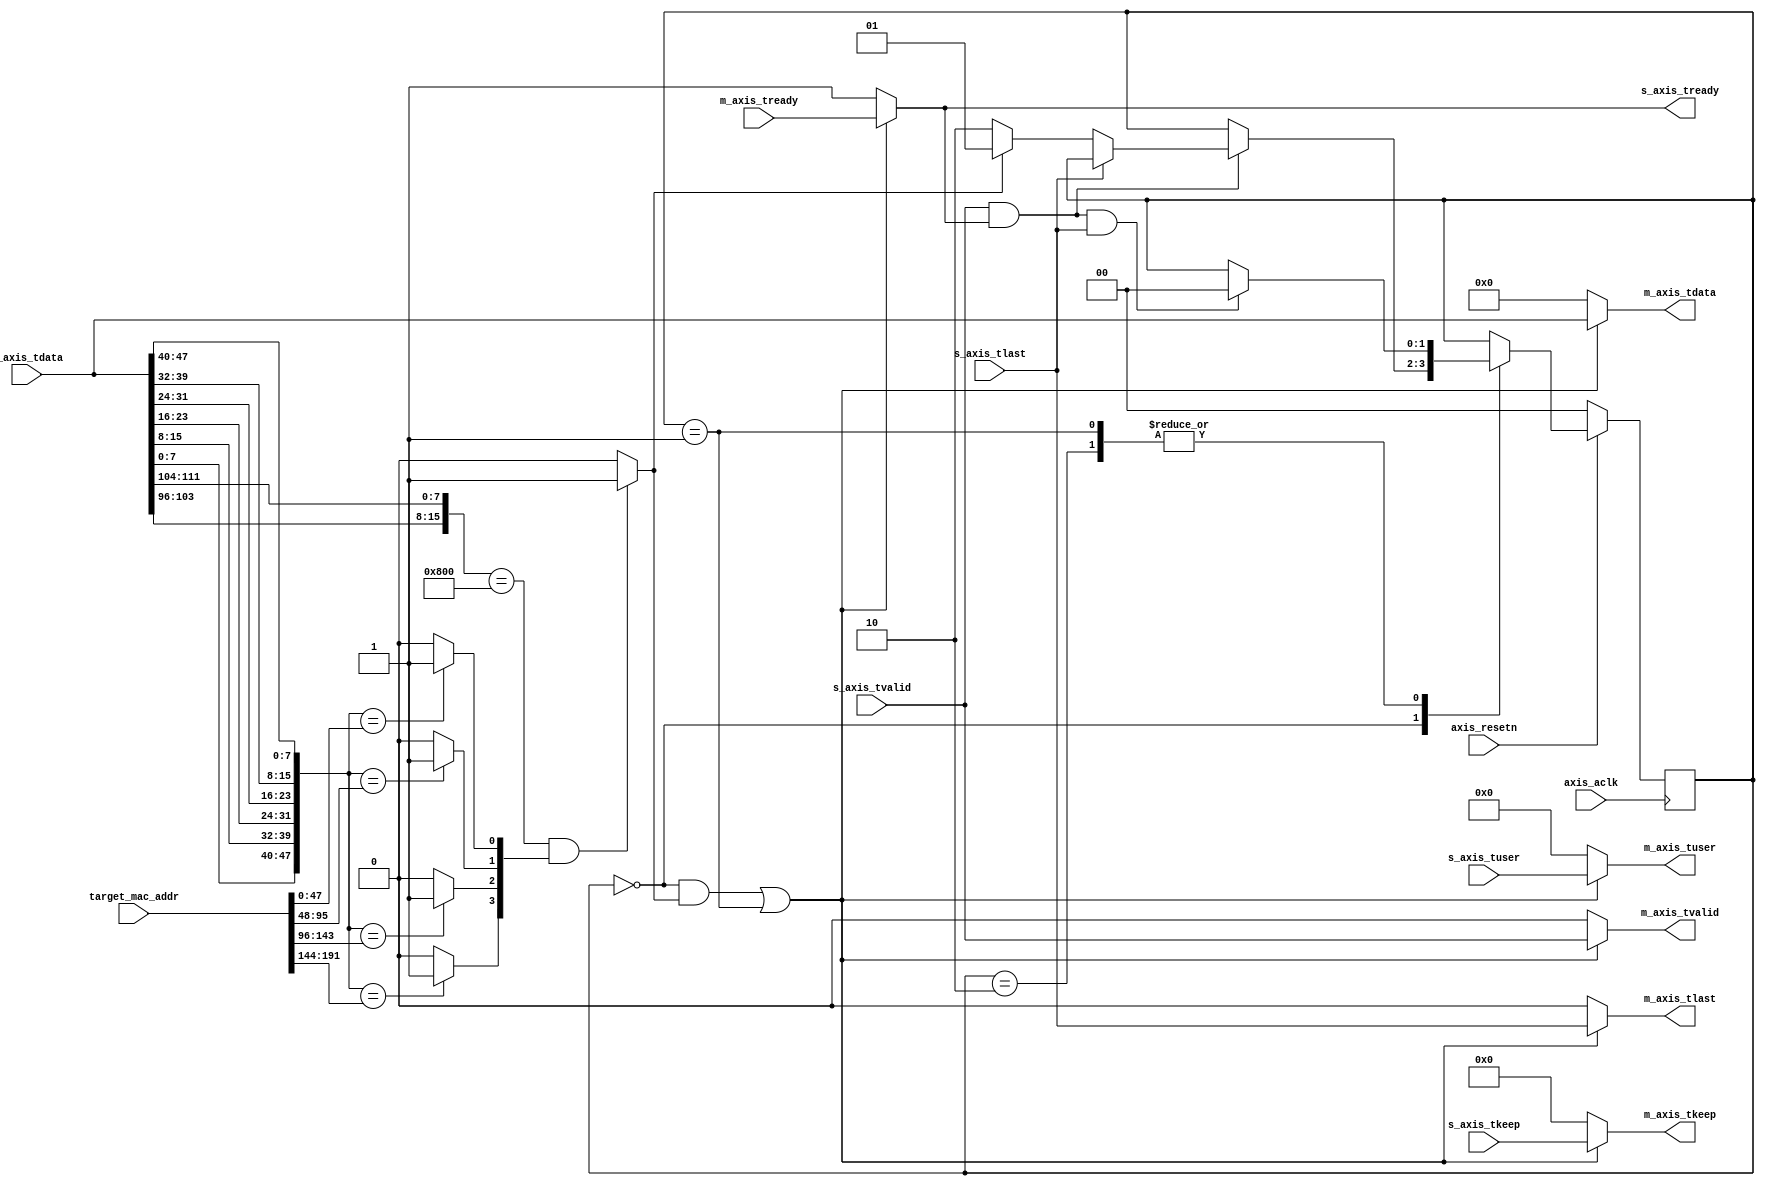
`timescale 1 ns / 1 ps

/*
 * MAC Frame Filter
 */
module mac_filter #(
  parameter AXIS_DATA_WIDTH = 512,
  parameter AXIS_TUSER_WIDTH = 256,
  parameter MAC_ADDR_NUM = 4,
  parameter [15:0] TYPE = 16'h0800
)
(
  input  wire                           axis_aclk,
  input  wire                           axis_resetn,

  input  wire [MAC_ADDR_NUM*48 - 1:0]   target_mac_addr,

  // Slave Stream Ports
  input  wire [AXIS_DATA_WIDTH - 1:0]   s_axis_tdata,
  input  wire [AXIS_DATA_WIDTH/8 - 1:0] s_axis_tkeep,
  input  wire [AXIS_TUSER_WIDTH - 1:0]  s_axis_tuser,
  input  wire                           s_axis_tvalid,
  output reg                            s_axis_tready,
  input  wire                           s_axis_tlast,

  // Master Stream Ports
  output reg  [AXIS_DATA_WIDTH - 1:0]   m_axis_tdata,
  output reg  [AXIS_DATA_WIDTH/8 - 1:0] m_axis_tkeep,
  output reg  [AXIS_TUSER_WIDTH - 1:0]  m_axis_tuser,
  output reg                            m_axis_tvalid,
  input  wire                           m_axis_tready,
  output reg                            m_axis_tlast
);

  localparam [1:0] IDLE=0, SEND=1, NOT_SEND=2;

  reg [1:0] state = IDLE;
  reg [MAC_ADDR_NUM - 1:0] is_target_mac_addr;
  wire flag;

  // MAC Header
  wire  [47:0] dest_mac_addr;  // Destination MAC Address
  wire  [47:0] src_mac_addr;   // Source MAC Address
  wire  [15:0] type;           // Type

  // Header Parser ----------------
  assign dest_mac_addr =
    {
      s_axis_tdata [  7:  0],
      s_axis_tdata [ 15:  8],
      s_axis_tdata [ 23: 16],
      s_axis_tdata [ 31: 24],
      s_axis_tdata [ 39: 32],
      s_axis_tdata [ 47: 40]
    };
  assign src_mac_addr =
    {
      s_axis_tdata [ 55: 48],
      s_axis_tdata [ 63: 56],
      s_axis_tdata [ 71: 64],
      s_axis_tdata [ 79: 72],
      s_axis_tdata [ 87: 80],
      s_axis_tdata [ 95: 88]
    };
  assign type =
    {
      s_axis_tdata [103: 96],
      s_axis_tdata [111:104]
    };


  // Judgement ----------------
  genvar i;
  generate
  for (i = 0; i < MAC_ADDR_NUM; i = i + 1) begin: DestMacAddr
    always @(*) begin
      if (dest_mac_addr == target_mac_addr[i*48+:48])
        is_target_mac_addr[i] = 1'b1;
      else
        is_target_mac_addr[i] = 1'b0;
    end
  end
  endgenerate

  assign flag = (type == TYPE && is_target_mac_addr)? 1'b1 : 1'b0;


  // State Machine ----------------
  always @(posedge axis_aclk) begin
    if (!axis_resetn)
      state <= IDLE;
    else begin
      case (state)
        IDLE: begin
          if (s_axis_tvalid && s_axis_tready) begin
            if (!s_axis_tlast) begin
              if (flag)
                state <= SEND;
              else
                state <= NOT_SEND;
            end
          end
        end
        SEND: begin
          if (s_axis_tvalid && s_axis_tready && s_axis_tlast)
            state <= IDLE;
        end
        NOT_SEND: begin
          if (s_axis_tvalid && s_axis_tready && s_axis_tlast)
            state <= IDLE;
        end
      endcase
    end
  end


  // Switch ----------------
  always @(*) begin
    if ((state == IDLE && flag) || state == SEND) begin
      m_axis_tdata  = s_axis_tdata;
      m_axis_tkeep  = s_axis_tkeep;
      m_axis_tuser  = s_axis_tuser;
      m_axis_tvalid = s_axis_tvalid;
      m_axis_tlast  = s_axis_tlast;
      s_axis_tready = m_axis_tready;
    end else begin
      m_axis_tdata  = {AXIS_DATA_WIDTH{1'b0}};
      m_axis_tkeep  = {AXIS_DATA_WIDTH/8{1'b0}};
      m_axis_tuser  = {AXIS_TUSER_WIDTH{1'b0}};
      m_axis_tvalid = 1'b0;
      m_axis_tlast  = 1'b0;
      s_axis_tready = 1'b1;
    end
  end

endmodule